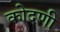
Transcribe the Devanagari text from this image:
कोदणी